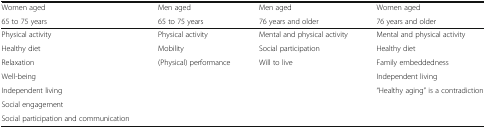
| Women aged | Men aged | Men aged | Women aged |
 | 65 to 75 years | 65 to 75 years | 76 years and older | 76 years and older |
 | --- | --- | --- | --- |
 | Physical activity | Physical activity | Mental and physical activity | Mental and physical activity |
 | Healthy diet | Mobility | Social participation | Healthy diet |
 | Relaxation | (Physical) performance | Will to live | Family embeddedness |
 | Well-being |  |  | Independent living |
 | Independent living |  |  | “Healthy aging” is a contradiction |
 | Social engagement |  |  |  |
 | Social participation and communication |  |  |  |